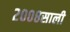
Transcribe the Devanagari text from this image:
२००८साली